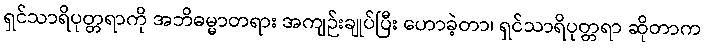
ရှင်သာရိပုတ္တရာကို အဘိဓမ္မာတရား အကျဉ်းချုပ်ပြီး ဟောခဲ့တာ၊ ရှင်သာရိပုတ္တရာ ဆိုတာက